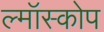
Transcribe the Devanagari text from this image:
ल्मॉस्कोप